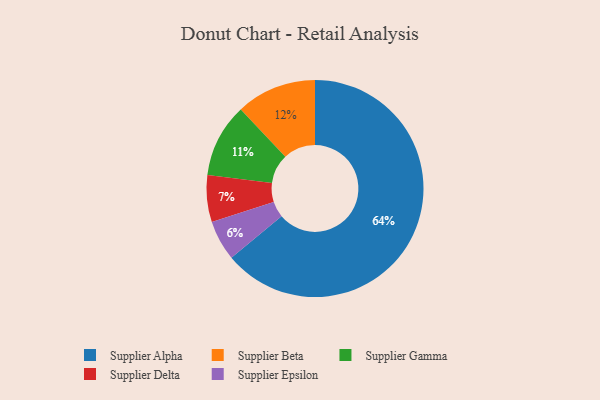
{"axis": {"x": "Category", "y": "Percentage"}, "legend": ["Supplier Alpha", "Supplier Beta", "Supplier Delta", "Supplier Epsilon", "Supplier Gamma"], "data": [{"x": "Supplier Delta", "y": 7, "type": "Supplier Delta"}, {"x": "Supplier Epsilon", "y": 6, "type": "Supplier Epsilon"}, {"x": "Supplier Alpha", "y": 64, "type": "Supplier Alpha"}, {"x": "Supplier Beta", "y": 12, "type": "Supplier Beta"}, {"x": "Supplier Gamma", "y": 11, "type": "Supplier Gamma"}]}